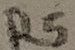
Text: R5